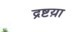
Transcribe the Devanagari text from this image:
द्रष्टय़ा